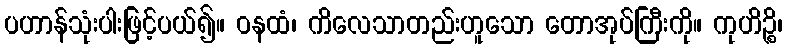
ပဟာန်သုံးပါးဖြင့်ပယ်၍။ ဝနထံ၊ ကိလေသာတည်းဟူသော တောအုပ်ကြီးကို။ ကုဟိဉ္စိ၊